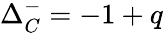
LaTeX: \Delta_{C}^{-}=-1+q